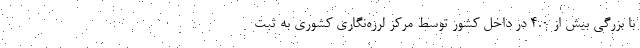
با بزرگی بیش از ۴.۰ در داخل کشور توسط مرکز لرزه‌نگاری کشوری به ثبت